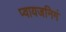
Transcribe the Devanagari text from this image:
प्वायजनिगं